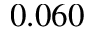
0 . 0 6 0